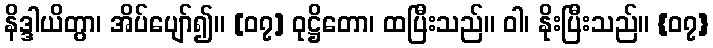
နိဒ္ဒါယိတွာ၊ အိပ်ပျော်၍။ [၀၇] ဝုဋ္ဌိတော၊ ထပြီးသည်။ ဝါ၊ နိုးပြီးသည်။ {၀၇}